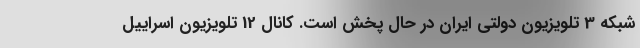
شبکه 3 تلویزیون دولتی ایران در حال پخش است. کانال 12 تلویزیون اسراییل